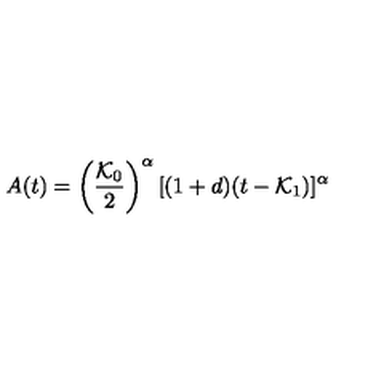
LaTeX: A ( t ) = \left( \frac { { \cal { K } } _ { 0 } } { 2 } \right) ^ { \alpha } [ ( 1 + d ) ( t - { \cal { K } } _ { 1 } ) ] ^ { \alpha }